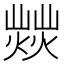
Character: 𤎸